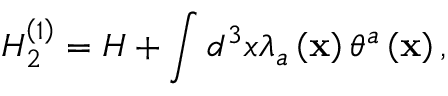
H _ { 2 } ^ { \left( 1 \right) } = H + \int d ^ { 3 } x \lambda _ { a } \left( { \bf x } \right) \theta ^ { a } \left( { \bf x } \right) ,